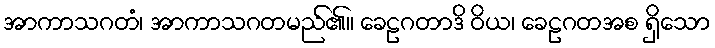
အာကာသဂတံ၊ အာကာသဂတမည်၏။ ခေဠဂတာဒိ ဝိယ၊ ခေဠဂတအစ ရှိသော